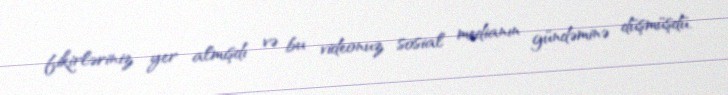
fikirləriniz yer almışdı və bu videonuz sosial medianın gündəminə düşmüşdü.